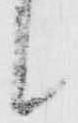
候